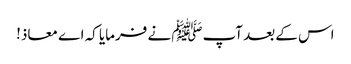
اس کے بعد آپﷺ نے فرمایا کہ اے معاذ!